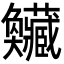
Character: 𡚥